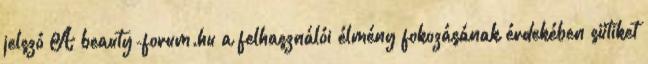
jelszó A beauty-forum.hu a felhasználói élmény fokozásának érdekében sütiket